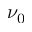
\nu _ { 0 }